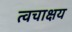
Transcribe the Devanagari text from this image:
त्वचाक्षय